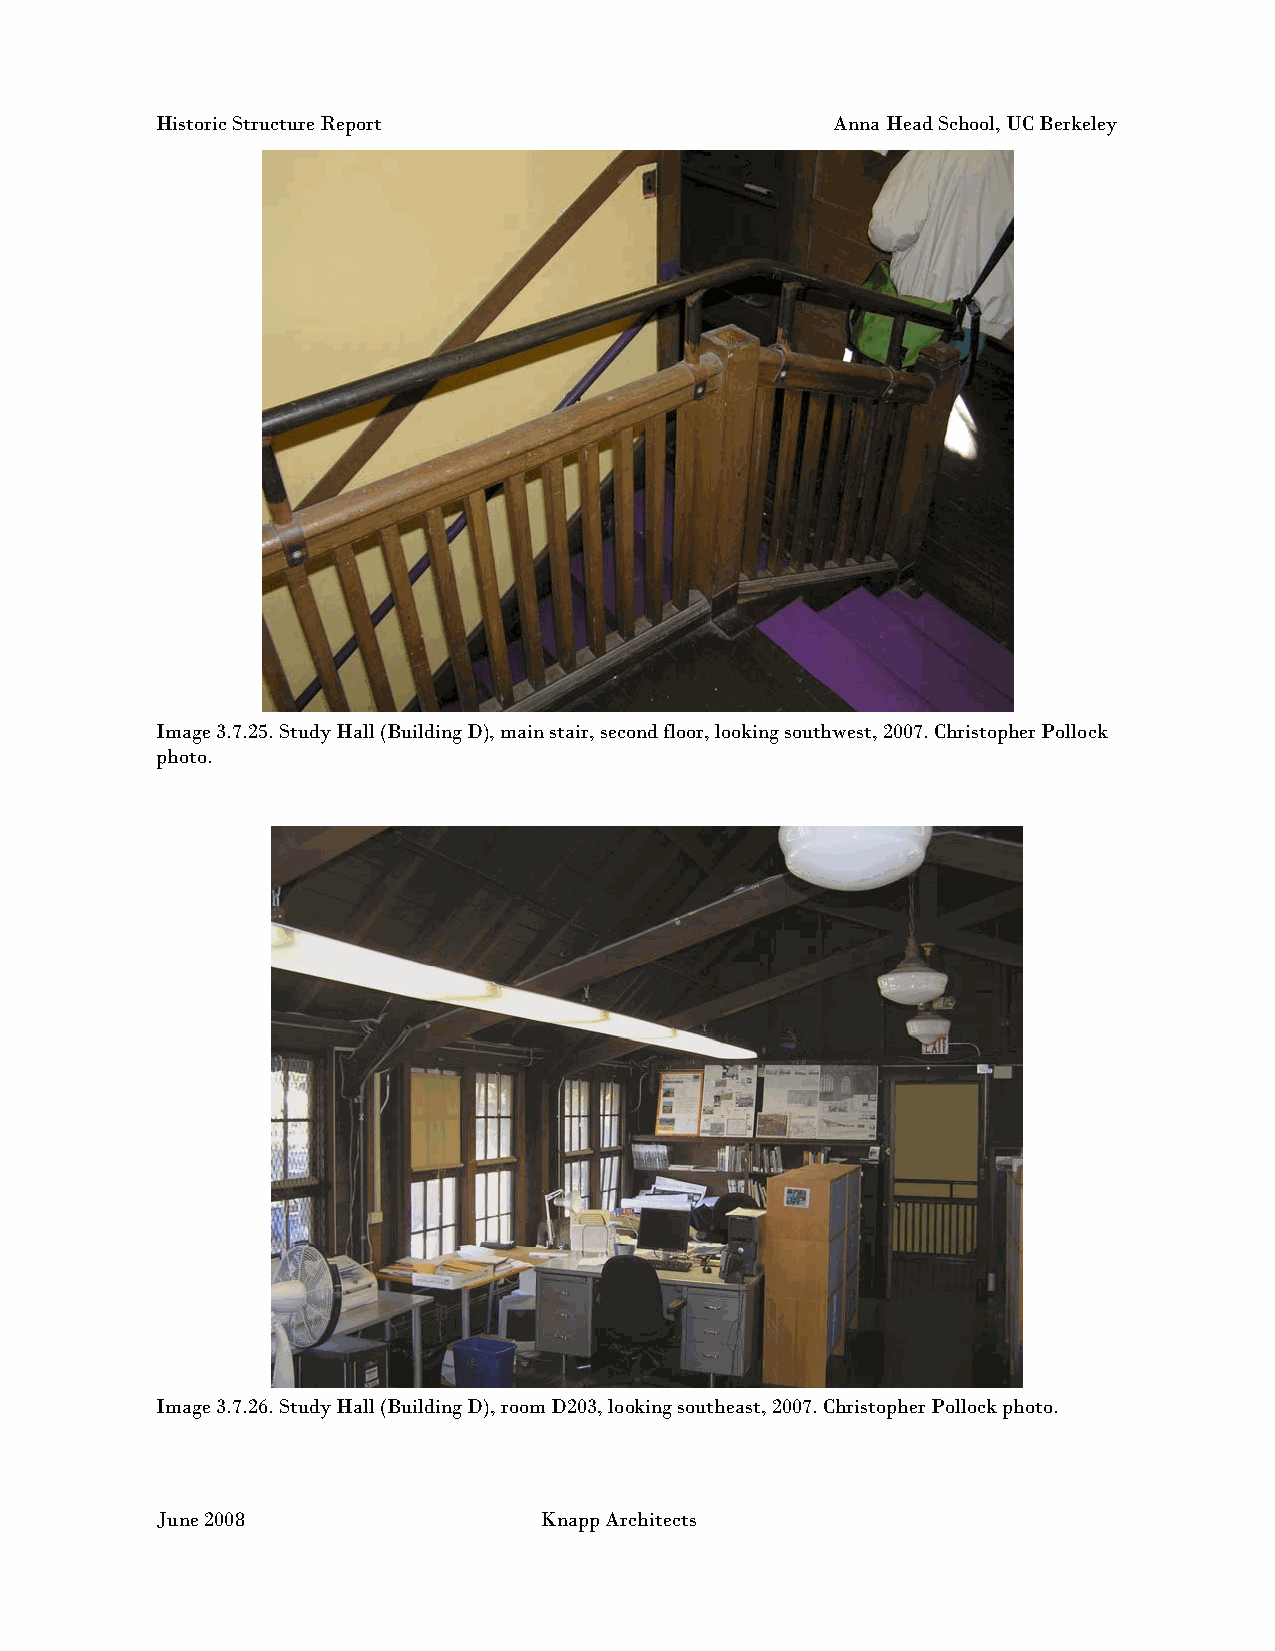
Historic Structure Report                    Anna Head School, UC Berkeley
 Image 3.7.25. Study Hall (Building D), main stair, second floor, looking southwest, 2007. Christopher Pollock
 photo.
 Image 3.7.26. Study Hall (Building D), room D203, looking southeast, 2007. Christopher Pollock photo.
 June 2008                 Knapp Architects